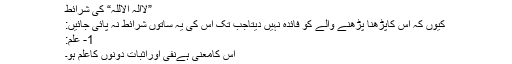
”لاالہ الاللہ“ کی شرائط
کیوں کہ اس کاپڑھنا پڑھنے والے کو فائدہ نہیں دیتاجب تک اس کی یہ ساتوں شرائط نہ پائی جائيں:
1- علم:
اس کامعنی ہےنفی اوراثبات دونوں کاعلم ہو۔